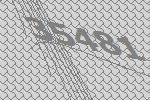
35481